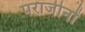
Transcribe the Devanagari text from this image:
पराजीनों